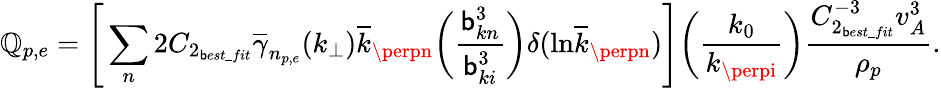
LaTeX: \mathbb{Q}_{p,e}=\Bigg[\sum_{n}2C_{2_{\mathsf{b}est\_ fit}}\overline{{{\gamma}}}_{n_{p,e}}(k_{\perp})\overline{{{k}}}_{\perpn}\bigg(\frac{{\mathsf{b}_{kn}^{3}}}{{\mathsf{b}_{ki}^{3}}}\bigg)\delta(\mathrm{{ln}}\overline{{{k}}}_{\perpn})\Bigg]\bigg(\frac{{k_{0}}}{{k_{\perpi}}}\bigg)\frac{{C_{2_{\mathsf{b}est\_ fit}}^{-3}v_{A}^{3}}}{{\rho_{p}}}.